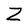
Character: Z